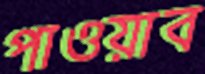
পাওয়াব